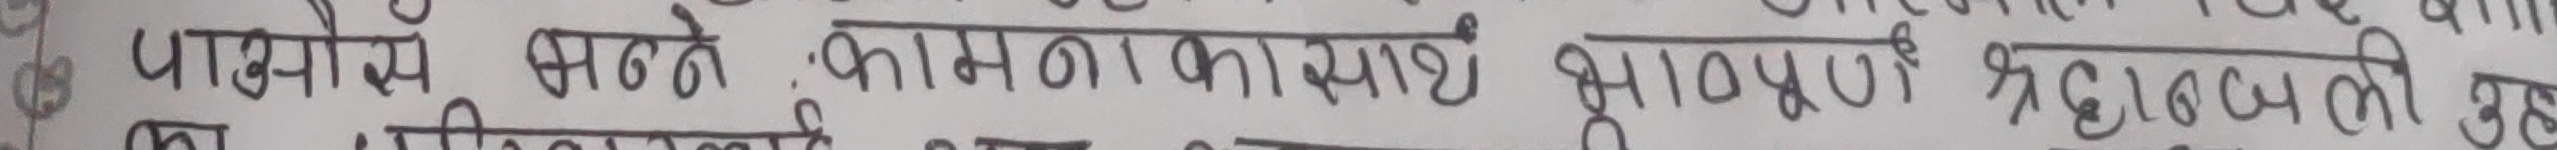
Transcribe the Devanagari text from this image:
पाओने भने कामका साथै भावपूर्ण श्रद्धाञ्जली उहा